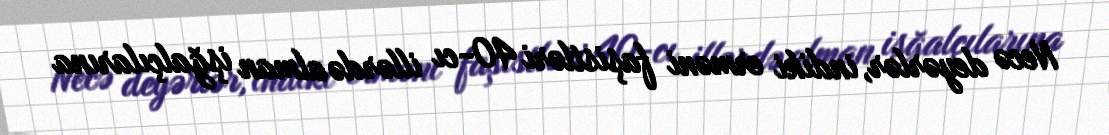
Necə deyərlər, indiki erməni faşistləri 40-cı illərdə alman işğalçılarına